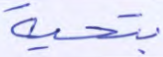
بتحية